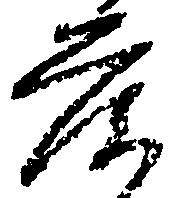
落